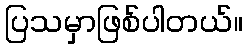
ပြသမှာဖြစ်ပါတယ်။